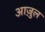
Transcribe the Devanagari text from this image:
आज़ुल